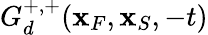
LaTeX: G_{d}^{+,+}({\mathbf x}_{F},{\mathbf x}_{S},-t)